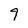
Character: 9